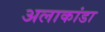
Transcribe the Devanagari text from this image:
अलाकांडा